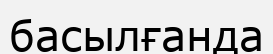
басылғанда